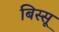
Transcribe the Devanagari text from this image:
बिस्सू